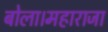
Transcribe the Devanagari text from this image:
बोला।महाराजा